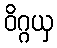
ဝိဂ္ဂယှ